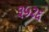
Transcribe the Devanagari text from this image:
३५२६